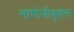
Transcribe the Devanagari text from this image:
नागोजीबुवांना